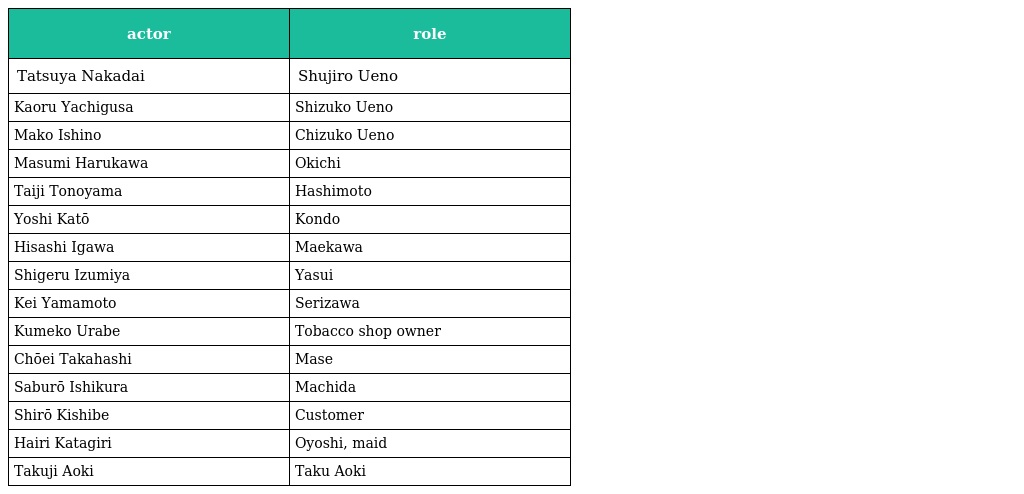
| actor | role |
 | --- | --- |
 | Tatsuya Nakadai | Shujiro Ueno |
 | Kaoru Yachigusa | Shizuko Ueno |
 | Mako Ishino | Chizuko Ueno |
 | Masumi Harukawa | Okichi |
 | Taiji Tonoyama | Hashimoto |
 | Yoshi Katō | Kondo |
 | Hisashi Igawa | Maekawa |
 | Shigeru Izumiya | Yasui |
 | Kei Yamamoto | Serizawa |
 | Kumeko Urabe | Tobacco shop owner |
 | Chōei Takahashi | Mase |
 | Saburō Ishikura | Machida |
 | Shirō Kishibe | Customer |
 | Hairi Katagiri | Oyoshi, maid |
 | Takuji Aoki | Taku Aoki |